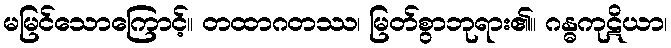
မမြင်သောကြောင့်။ တထာဂတဿ၊ မြတ်စွာဘုရား၏။ ဂန္ဓကုဋိယာ၊